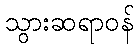
သွားဆရာဝန်